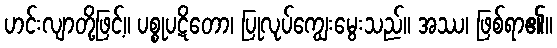
ဟင်းလျာတို့ဖြင့်။ ပစ္စုပဋိတော၊ ပြုလုပ်ကျွေးမွေးသည်။ အဿ၊ ဖြစ်ရာ၏။